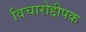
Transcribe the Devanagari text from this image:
विचारोद्दीपक